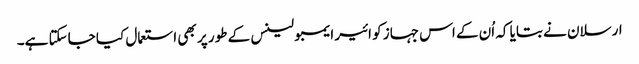
ارسلان نے بتایا کہ اُن کے اس جہاز کو ائیر ایمبولینس کے طور پر بھی استعمال کیا جاسکتا ہے۔